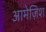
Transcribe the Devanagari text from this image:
आमेज़िश